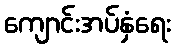
ကျောင်းအပ်နှံရေး